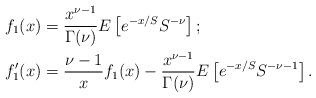
LaTeX: \begin{align*}f_1(x) & = \frac{x^{\nu -1}}{\Gamma(\nu)} E \left[e^{-x/S} S^{-\nu}\right];\\f'_1(x) & = \frac{\nu-1}{x} f_1(x) - \frac{x^{\nu -1}}{\Gamma(\nu)} E \left[e^{-x/S} S^{-\nu -1} \right].\end{align*}